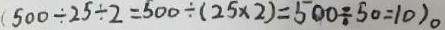
( 5 0 0 \div 2 5 \div 2 = 5 0 0 \div ( 2 5 \times 2 ) = 5 0 0 \div 5 0 = 1 0 ) 。